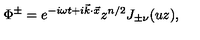
\Phi ^ { \pm } = e ^ { - i \omega t + i \vec { k } \cdot \vec { x } } z ^ { n / 2 } J _ { \pm \nu } ( u z ) ,